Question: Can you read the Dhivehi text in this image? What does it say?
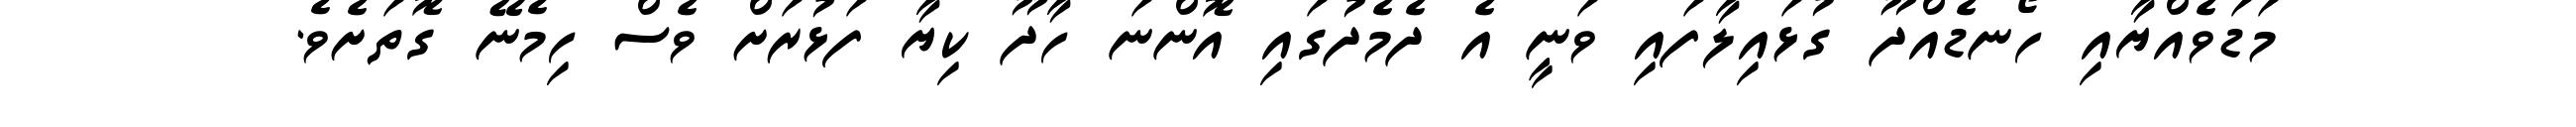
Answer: މަޑަވެއްޔާއި ހޯނޑެއްދޫ ގުޅައިލާފައި ވަނީ އެ ދެމެދުގައި އޮންނަ ހާދޫ ކިޔާ ފަޅުރަށް ވެސް ހިމެނޭ ގޮތަށެވެ.